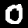
Label: 0